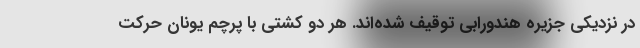
در نزدیکی جزیره هندورابی توقیف شده‌اند. هر دو کشتی با پرچم یونان حرکت